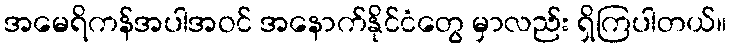
အမေရိကန်အပါအဝင် အနောက်နိုင်ငံတွေ မှာလည်း ရှိကြပါတယ်။